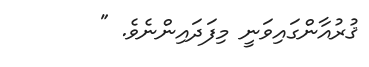
ޤުރުއާންގައިވަނީ މިފަދައިންނެވެ. "